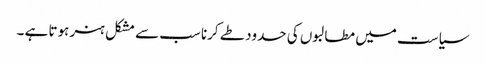
سیاست میں مطالبوں کی حدود طے کرنا سب سے مشکل ہنر ہوتا ہے ۔